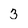
Character: 3